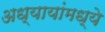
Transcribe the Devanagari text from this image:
अध्यायांमध्ये